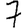
Digit: 7